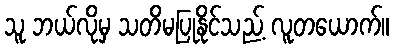
သူ ဘယ်လိုမှ သတိမပြုနိုင်သည့် လူတယောက်။